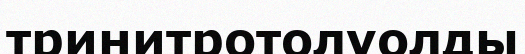
тринитротолуолды